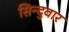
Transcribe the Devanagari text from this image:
सिन्दुवार